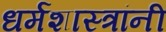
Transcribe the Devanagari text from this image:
धर्मशास्त्रांनी